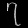
Digit: ၇